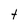
Character: t